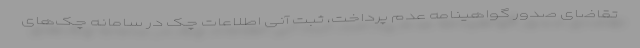
تقاضای صدور گواهینامه عدم پرداخت، ثبت آنی اطلاعات چک در سامانه چک‌های